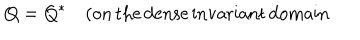
Q = Q ^ { \ast } \quad ( \mathrm { o n \, t h e \, d e n s e \, i n v a r i a n t \, d o m a i n } \,